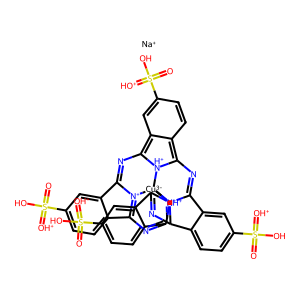
SMILES: O=S(O)(=[OH+])c1ccc2c(c1)C1=NC3=c4ccc(S(=O)(O)=[OH+])cc4=C4N=C5c6cc(S(=O)(O)=[OH+])ccc6C6=[N+]5[Cu-3]5([N+]1=C2N=C1c2cc(S(=O)(O)=[OH+])ccc2C(=N6)[NH+]15)[NH+]34.[Na+]
Inhibits HIV replication: No